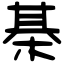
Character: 棊